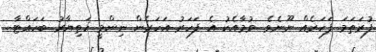
ފުރަތަމަ ފަހަރެއް ނޫނެވެ. ވުމާއެކު އެ ފަހަރު އަހަރެން ނިންމީ ހަތިޔާރު ބަހައްޓާ